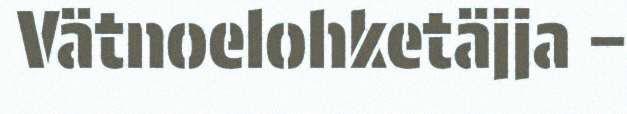
Vätnoelohketäjja –